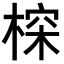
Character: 𣖉